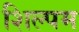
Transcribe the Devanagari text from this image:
शिल्पम